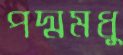
পদ্মমধু